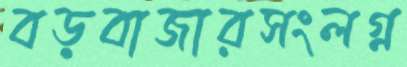
বড়বাজারসংলগ্ন